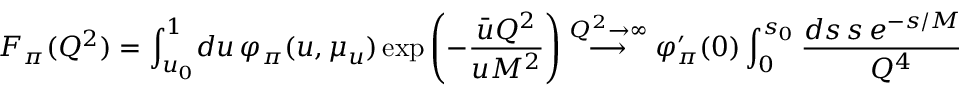
F _ { \pi } ( Q ^ { 2 } ) = \int _ { u _ { 0 } } ^ { 1 } \! d u \, \varphi _ { \pi } ( u , \mu _ { u } ) \exp \left( - \frac { \bar { u } Q ^ { 2 } } { u M ^ { 2 } } \right) \stackrel { Q ^ { 2 } \to \infty } { \longrightarrow } \varphi _ { \pi } ^ { \prime } ( 0 ) \int _ { 0 } ^ { s _ { 0 } } \frac { d s \, s \, e ^ { - s / { M ^ { 2 } } } } { Q ^ { 4 } } \, ,